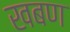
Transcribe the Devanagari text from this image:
खबण